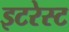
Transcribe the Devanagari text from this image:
इटरेस्‍ट